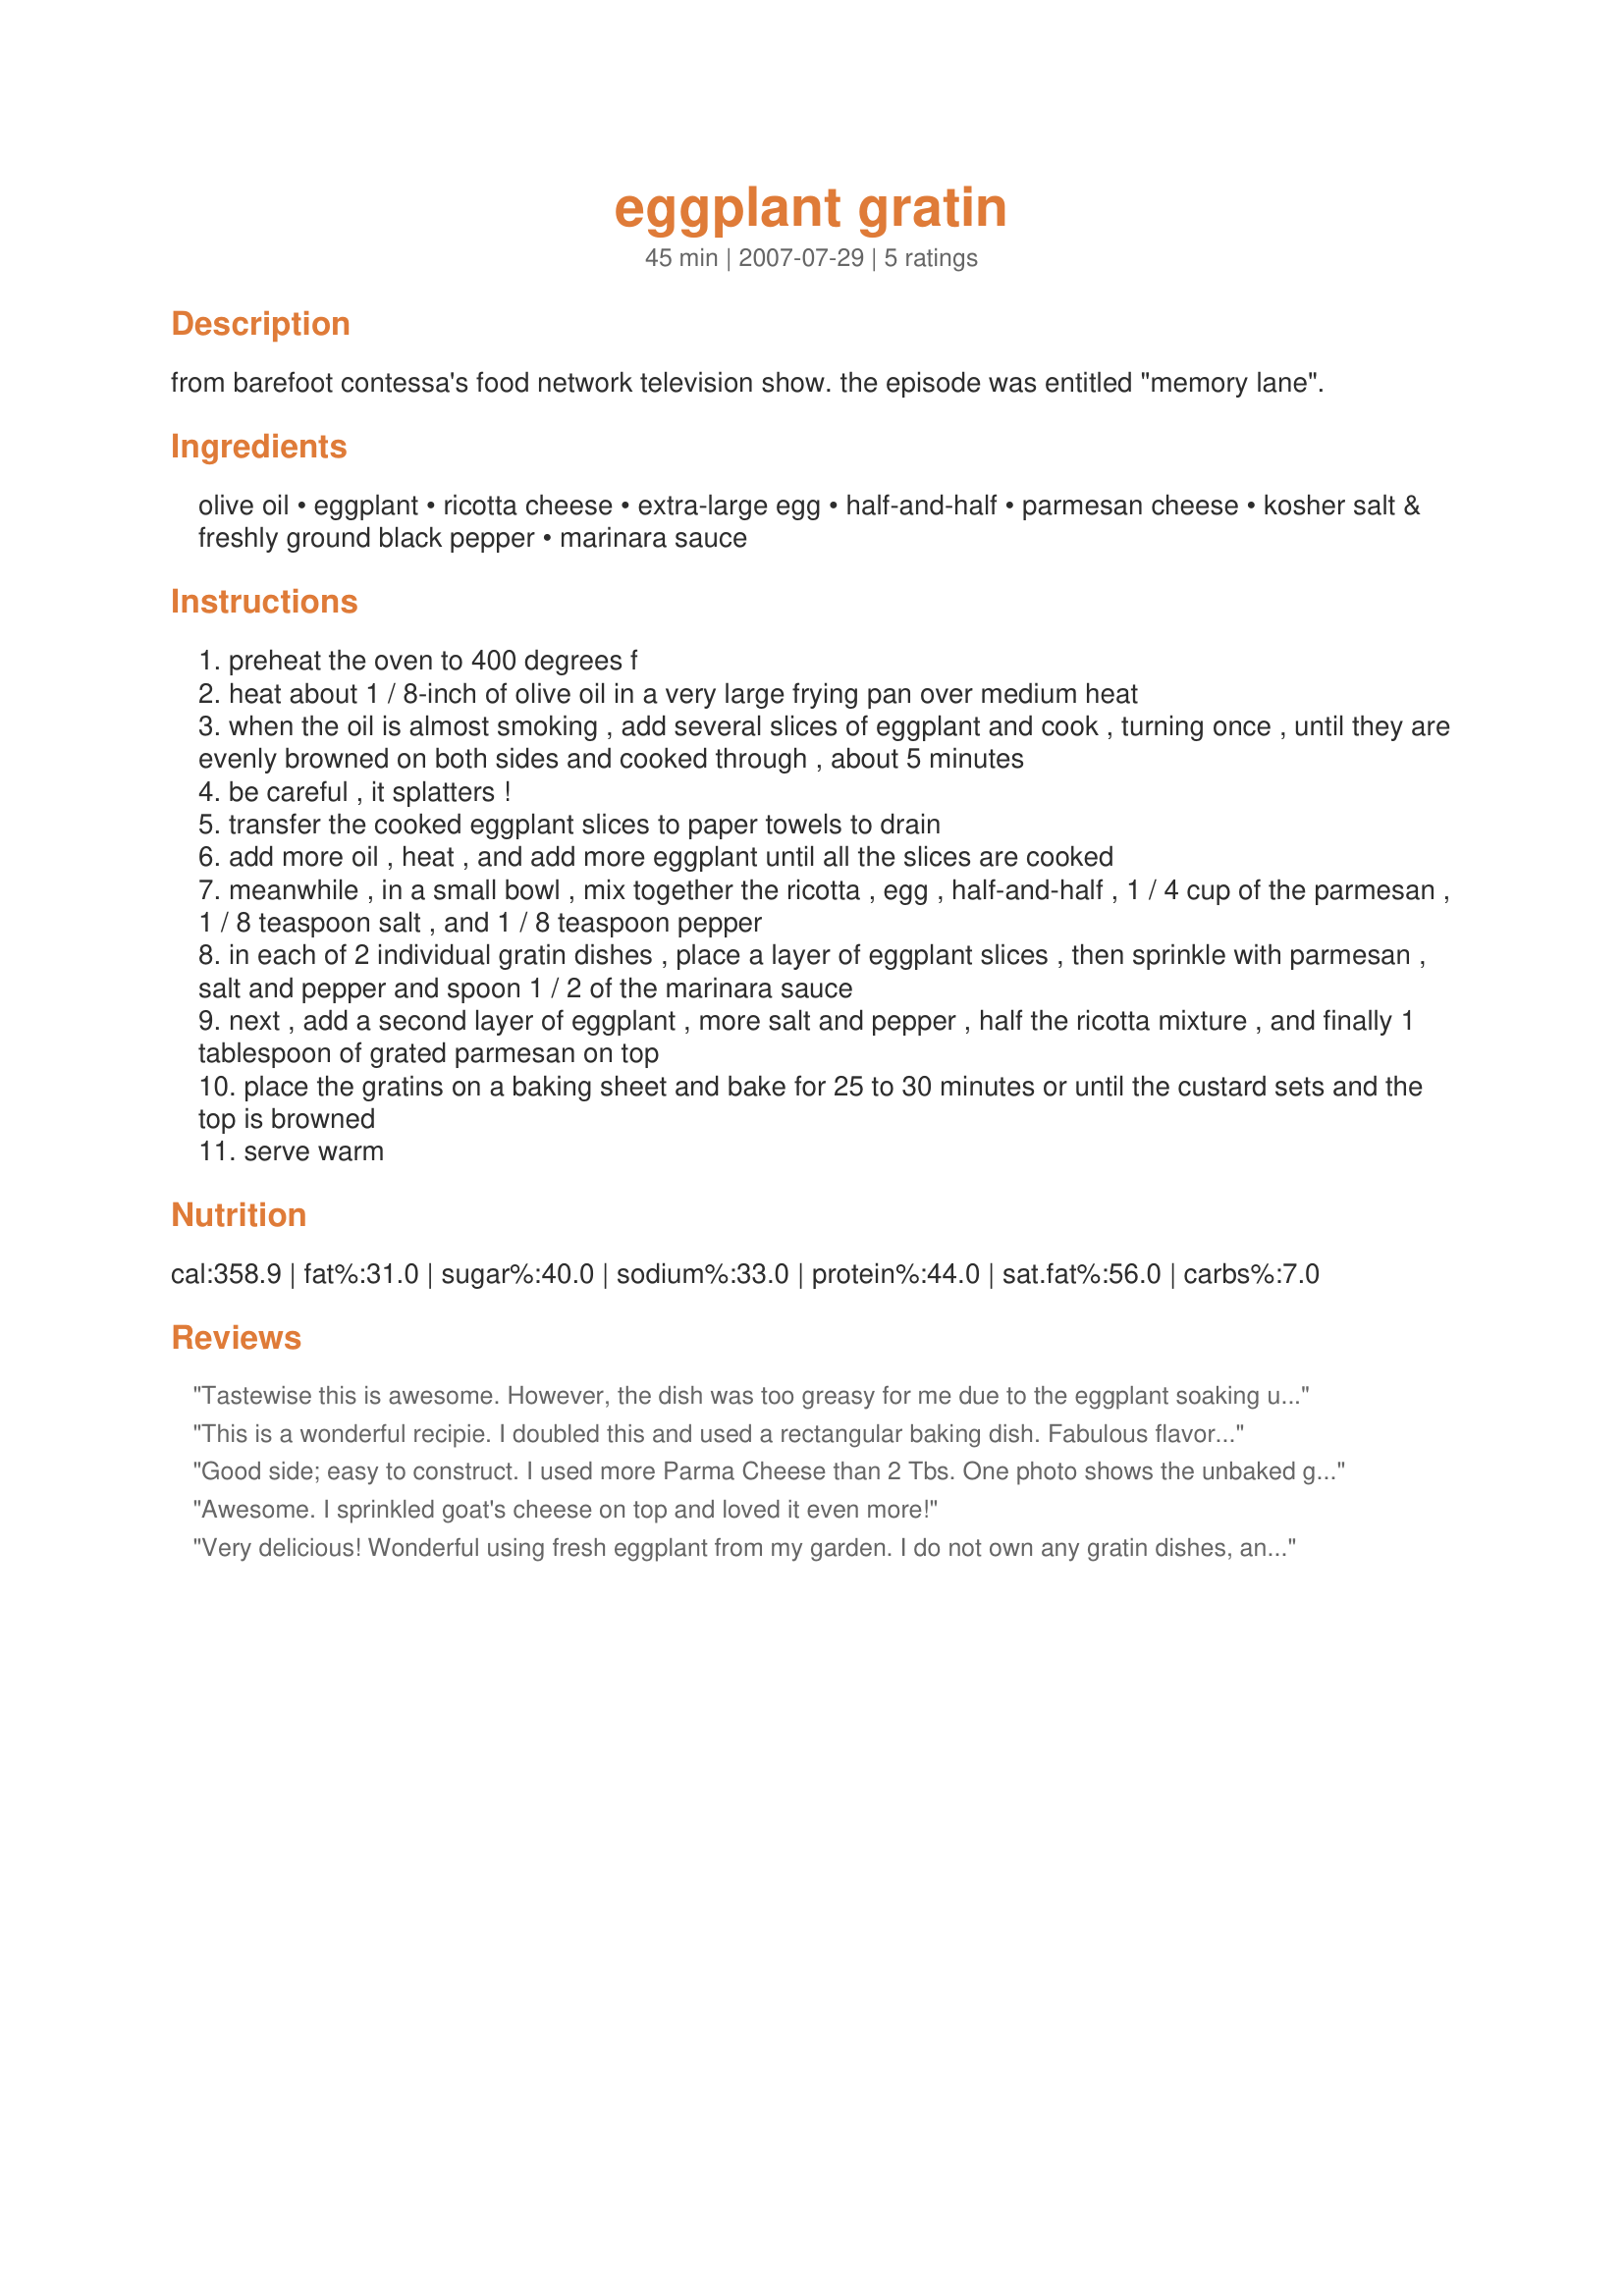
eggplant gratin
Preparation time: 45 minutes

from barefoot contessa's food network television show. the episode was entitled "memory lane".

Ingredients:
olive oil, eggplant, ricotta cheese, extra-large egg, half-and-half, parmesan cheese, kosher salt & freshly ground black pepper, marinara sauce

Steps:
preheat the oven to 400 degrees f
heat about 1 / 8-inch of olive oil in a very large frying pan over medium heat
when the oil is almost smoking , add several slices of eggplant and cook , turning once , until they are evenly browned on both sides and cooked through , about 5 minutes
be careful , it splatters !
transfer the cooked eggplant slices to paper towels to drain
add more oil , heat , and add more eggplant until all the slices are cooked
meanwhile , in a small bowl , mix together the ricotta , egg , half-and-half , 1 / 4 cup of the parmesan , 1 / 8 teaspoon salt , and 1 / 8 teaspoon pepper
in each of 2 individual gratin dishes , place a layer of eggplant slices , then sprinkle with parmesan , salt and pepper and spoon 1 / 2 of the marinara sauce
next , add a second layer of eggplant , more salt and pepper , half the ricotta mixture , and finally 1 tablespoon of grated parmesan on top
place the gratins on a baking sheet and bake for 25 to 30 minutes or until the custard sets and the top is browned
serve warm

Reviews:
Tastewise this is awesome. However, the dish was too greasy for me due to the eggplant soaking up too much oil when frying. I will definitely make this again and will brush the eggplant with olive oil and bake it. I am sure that will solve the problem and make for a healthier dish. Thanks so much for posting this wonderful recipe! Delicious!
This is a wonderful recipie. I doubled this and used a rectangular baking dish. Fabulous flavor! Leftovers were used in some nice Italian bread eaten cold and were equally as delicious. Recommend this recipie for all eggplant lovers.
Good side; easy to construct. I used more Parma Cheese than 2 Tbs. One photo shows the unbaked gratin. Made for the Mediterranean event in Cooking Photos.
Awesome. I sprinkled goat's cheese on top and loved it even more!
Very delicious! Wonderful using fresh eggplant from my garden. I do not own any gratin dishes, and so instead used an 8x8" casserole dish and doubled the recipe. Worked perfectly. Thanks!
